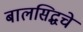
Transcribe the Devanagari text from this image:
बालसिद्धचे